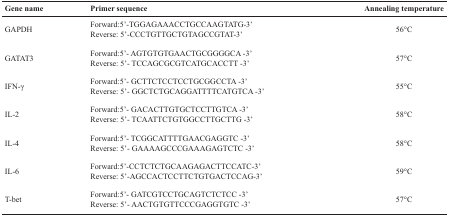
| Gene name | Primer sequence | Annealing temperature |
 | --- | --- | --- |
 | GAPDH | Forward:5’-TGGAGAAACCTGCCAAGTATG-3’Reverse: 5’-CCCTGTTGCTGTAGCCGTAT-3’ | 56°C |
 | GATAT3 | Forward:5’- AGTGTGTGAACTGCGGGGCA -3’Reverse: 5’- TCCAGCGCGTCATGCACCTT -3’ | 57°C |
 | IFN-γ | Forward:5’- GCTTCTCCTCCTGCGGCCTA -3’Reverse: 5’- GGCTCTGCAGGATTTTCATGTCA -3’ | 55°C |
 | IL-2 | Forward:5’- GACACTTGTGCTCCTTGTCA -3’Reverse: 5’- TCAATTCTGTGGCCTTGCTTG -3’ | 58°C |
 | IL-4 | Forward:5’- TCGGCATTTTGAACGAGGTC -3’Reverse: 5’- GAAAAGCCCGAAAGAGTCTC -3’ | 58°C |
 | IL-6 | Forward:5’-CCTCTCTGCAAGAGACTTCCATC-3’Reverse: 5’-AGCCACTCCTTCTGTGACTCCAG-3’ | 59°C |
 | T-bet | Forward:5’- GATCGTCCTGCAGTCTCTCC -3’Reverse: 5’- AACTGTGTTCCCGAGGTGTC -3’ | 57°C |